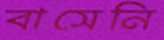
বাসেনি